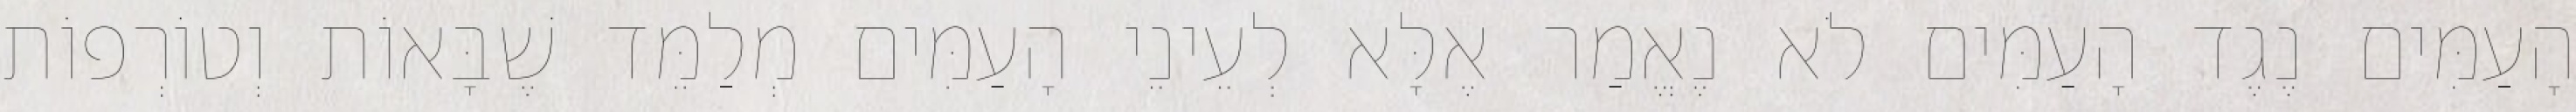
הָעַמִּים נֶגֶד הָעַמִּים לֹא נֶאֱמַר אֶלָּא לְעֵינֵי הָעַמִּים מְלַמֵּד שֶׁבָּאוֹת וְטוֹרְפוֹת